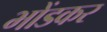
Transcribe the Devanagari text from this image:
भोंडकर